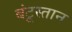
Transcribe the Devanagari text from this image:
बंटूस्तान